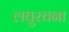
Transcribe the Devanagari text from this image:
लघुरचना